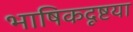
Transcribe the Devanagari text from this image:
भाषिकदृष्टया